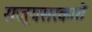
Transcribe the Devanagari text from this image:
राज्यसरकारों